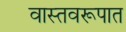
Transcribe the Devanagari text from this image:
वास्तवरूपात